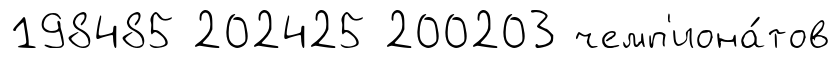
198485 202425 200203 чемп'иона́тов